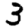
Digit: 3